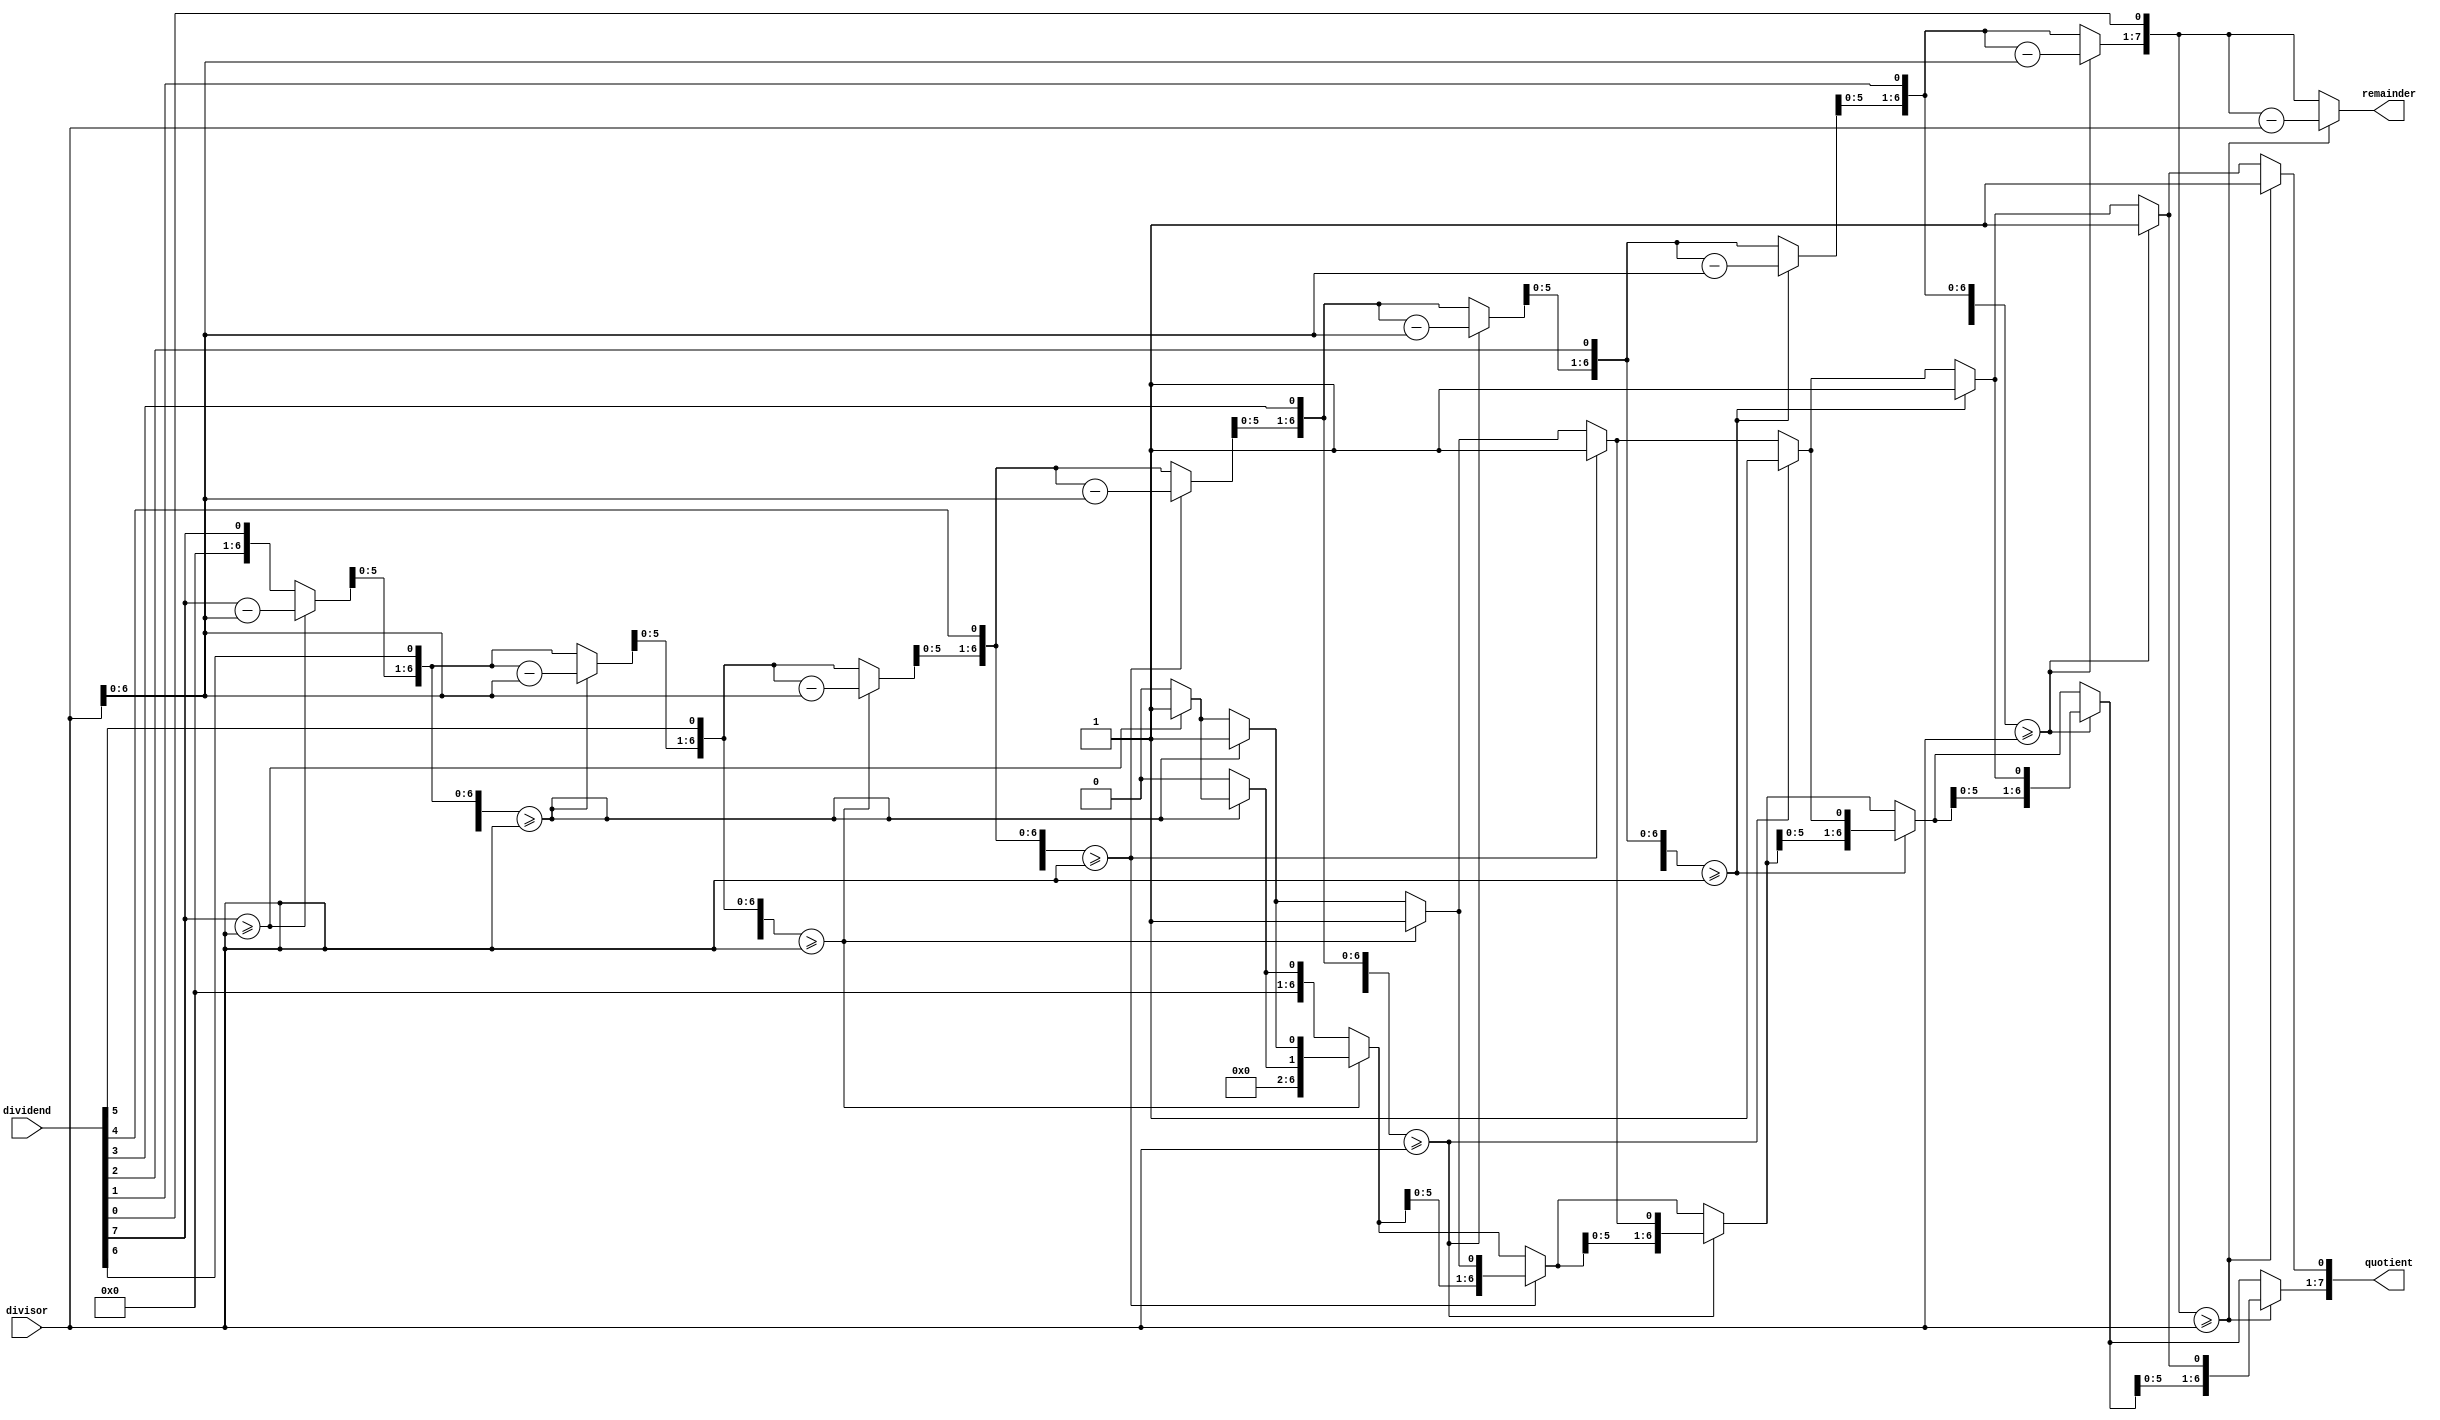
module Binary_Divider (
    input [7:0] dividend,
    input [7:0] divisor,
    output reg [7:0] quotient,
    output reg [7:0] remainder
);

reg [7:0] temp_dividend;
reg [7:0] temp_quotient;
reg [7:0] temp_remainder;

always @ (*) begin
    temp_dividend = dividend;
    temp_quotient = 8'b0;
    temp_remainder = 8'b0;
    
    repeat (8) begin
        temp_remainder = temp_remainder << 1;
        temp_remainder[0] = temp_dividend[7];
        temp_dividend = temp_dividend << 1;
        
        if (temp_remainder >= divisor) begin
            temp_remainder = temp_remainder - divisor;
            temp_quotient = temp_quotient << 1;
            temp_quotient[0] = 1;
        end
    end
    
    quotient = temp_quotient;
    remainder = temp_remainder;
end

endmodule